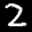
Label: 2